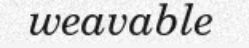
weavable